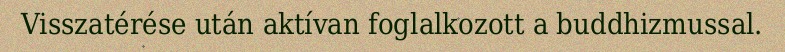
Visszatérése után aktívan foglalkozott a buddhizmussal.